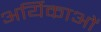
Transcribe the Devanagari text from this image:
अर्यिकाओं